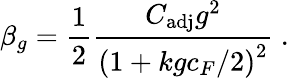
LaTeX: \beta_{g}=\frac{1}{2}\frac{C_{\mathrm{adj}}g^{2}}{{\left(1+kgc_{F}/2\right)}^{2}}\ .